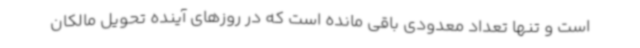
است و تنها تعداد معدودی باقی مانده است که در روزهای آینده تحویل مالکان